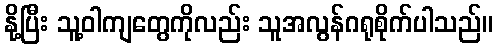
နို့ပြီး သူ့ဝါကျတွေကိုလည်း သူအလွန်ဂရုစိုက်ပါသည်။